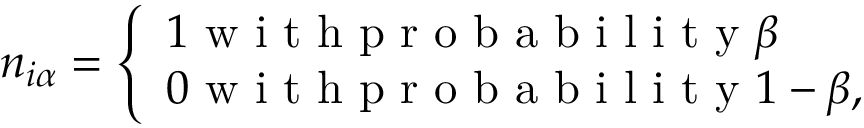
n _ { i \alpha } = \left\{ \begin{array} { l l } { 1 \mathrm { ~ w ~ i ~ t ~ h ~ p ~ r ~ o ~ b ~ a ~ b ~ i ~ l ~ i ~ t ~ y ~ } \beta } \\ { 0 \mathrm { ~ w ~ i ~ t ~ h ~ p ~ r ~ o ~ b ~ a ~ b ~ i ~ l ~ i ~ t ~ y ~ } 1 - \beta , } \end{array} \right.